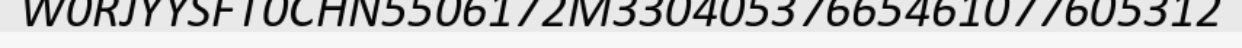
W0RJYYSFT0CHN5506172M33040537665461077605312